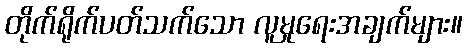
တိုက်ရိုက်ပတ်သက်သော လူမှုရေးအချက်များ။